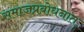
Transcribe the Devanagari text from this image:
समाजप्रबोधनात